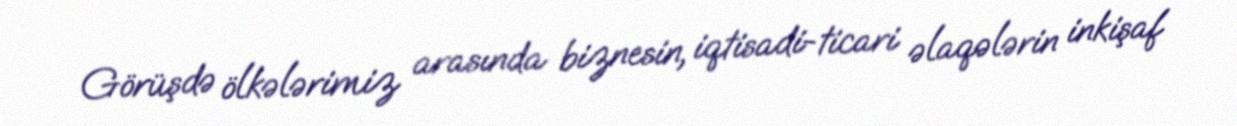
Görüşdə ölkələrimiz arasında biznesin, iqtisadi-ticari əlaqələrin inkişaf